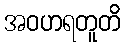
အဝဟရတူတိ